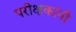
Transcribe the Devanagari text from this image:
परीक्षकांनी